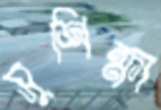
সুশিক্ষা